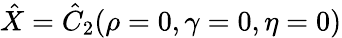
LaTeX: \hat{X}=\hat{C}_{2}(\rho=0,\gamma=0,\eta=0)